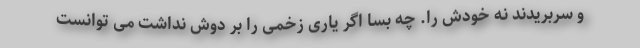
و سربریدند نه خودش را. چه بسا اگر یاری زخمی را بر دوش نداشت می توانست